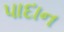
પાદાન